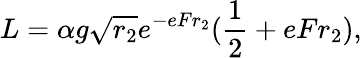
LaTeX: L=\alpha g\sqrt{r_{2}}e^{-eFr_{2}}({\frac{1}{2}}+eFr_{2}),